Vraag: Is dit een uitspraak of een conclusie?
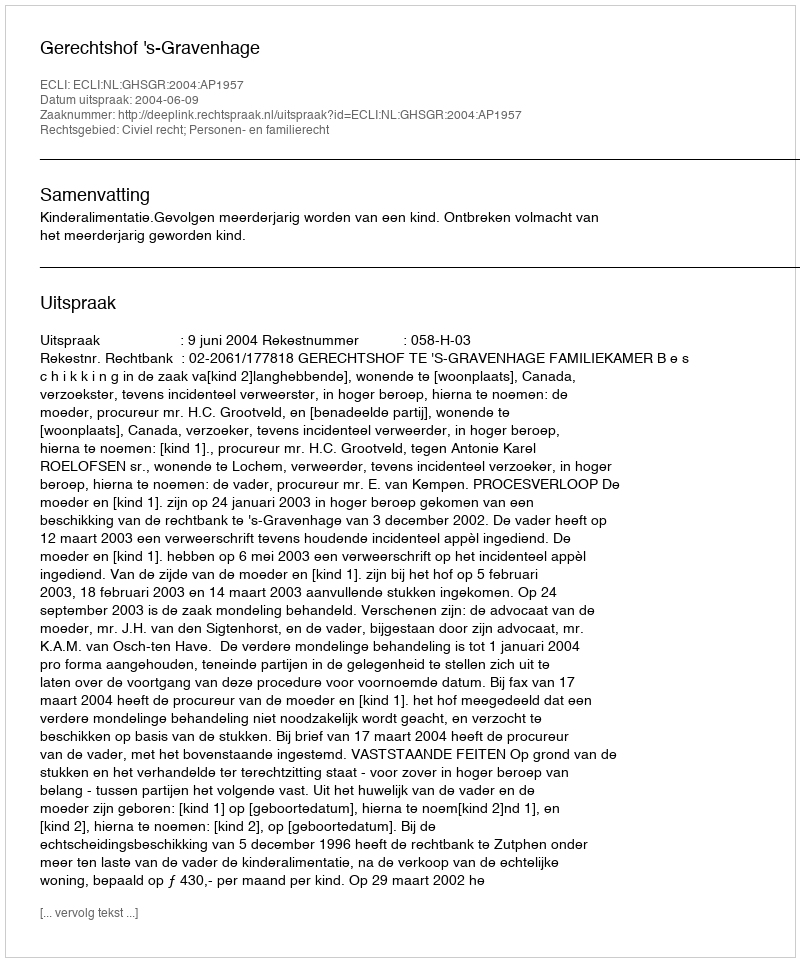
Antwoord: Uitspraak